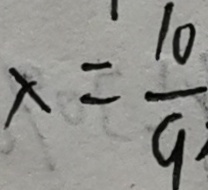
x = \frac { 1 0 } { 9 }